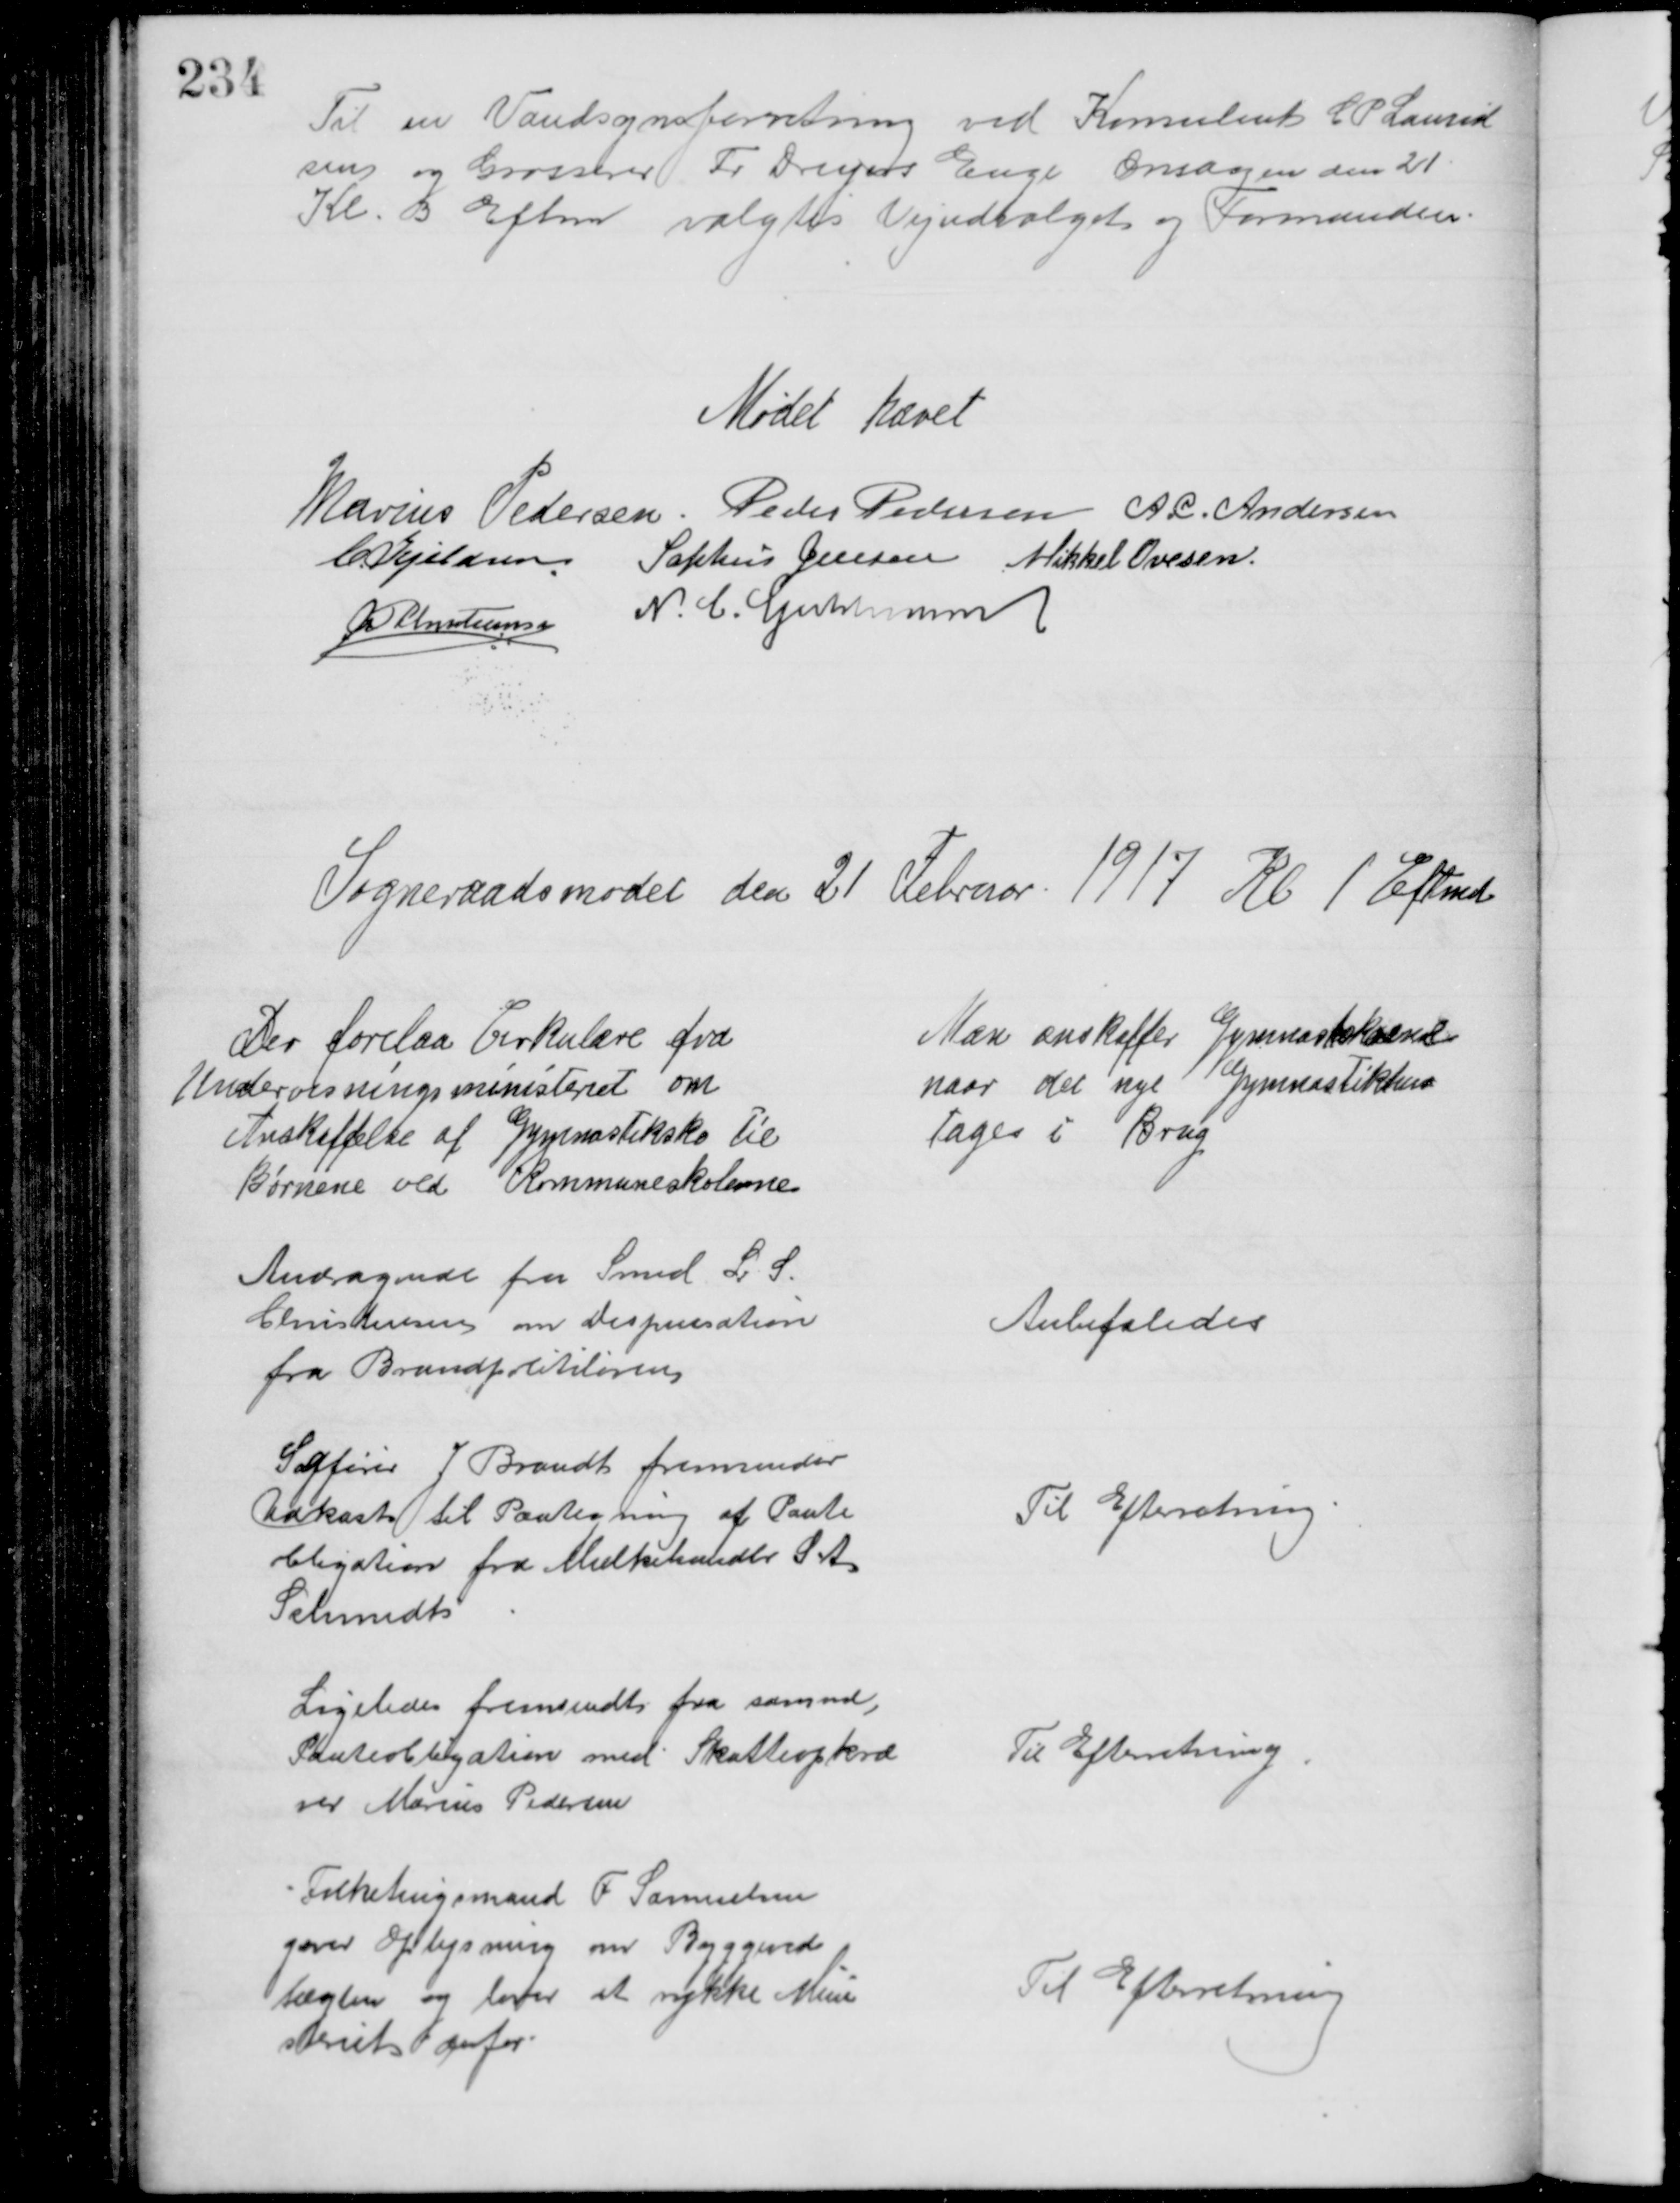
Transskription:
Til en Vandsynsforretning ved Konsulent C P Laurid
sen og Grosserer Fr Dreyers Enge Onsdagen den 21
Kl. 3 Eftm valgtes Vejudvalget og Formanden
Mødet hævet
Marius Pedersen. Peder Pedersen A.C. Andersen
C Kjeldsen. Sophus Jensen Mikkel Ovesen.
A P Christiansen
N. C. Guldmann
Sogneraadsmødet den 21 Februar 1917 Kl 1 Eftmd
Der forelaa Cirkulære fra
Undervisningsministeriet om
Anskaffelse af Gymnastiksko til
Børnene ved Kommuneskolerne
Man anskaffer Gymnastikskoene
naar det nye Gymnastikhus
tages i Brug
Andragende fra Smed L S.
Christensen om Dispensation
fra Brandpolitiloven
Anbefaledes
Sagfører J Brandt fremsender
Udkast til Paategning af Pante
obligation fra Mælkehandler S. A
Schmidts
Til Efterretning
Ligeledes fremsendt fra samme,
Panteobligation med Skatteopkræ
ver Marius Pedersen
Til Efterretning
Folketingsmand F Samuelsen
giver Oplysning om Byggeved
tægten og lover at rykke Mini
steriet derfor
Til Efterretning